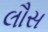
લૌસ